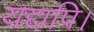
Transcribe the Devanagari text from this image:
यद्यपि।